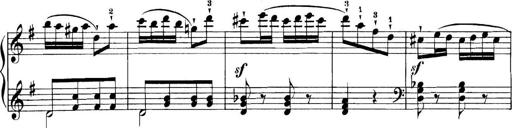
Title: 11 Sonatinas
Composer: Anton Diabelli